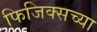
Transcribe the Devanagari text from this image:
फिजिक्सच्या